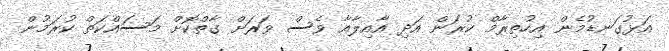
އަޅުގަނޑުމެން އިހުތިރާމް ކުރަން އަދި އާއިލާއާ ވެސް ވަރަށް ގާތްކޮށް މަސައްކަތް ކުރަމުން